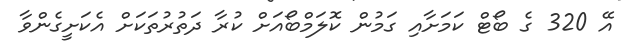
އޭ 320 ގެ ބޯޓް ކަމަށާއި ގަމުން ކޮލަމްބޯއަށް ކުރާ ދަތުރުތަކަށް އެކަށީގެންވާ